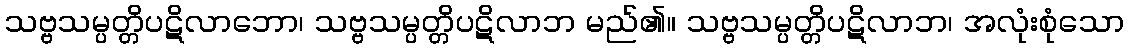
သဗ္ဗသမ္ပတ္တိပဋိလာဘော၊ သဗ္ဗသမ္ပတ္တိပဋိလာဘ မည်၏။ သဗ္ဗသမ္ပတ္တိပဋိလာဘ၊ အလုံးစုံသော